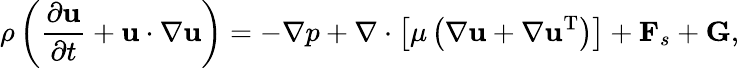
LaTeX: \rho\left({\frac{{\partial{\mathbf{u}}}}{{\partial t}}+{\mathbf{u}}\cdot\nabla{\mathbf{u}}}\right)=-\nabla p+\nabla\cdot\left[{\mu\left({\nabla{\mathbf{u}}+\nabla{{\mathbf{u}}^{\mathrm{T}}}}\right)}\right]+{{\mathbf{F}}_{s}}+{\mathbf{G}},